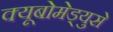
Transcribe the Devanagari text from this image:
क्यूबोमेड्युसे